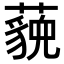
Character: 𬟈